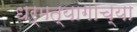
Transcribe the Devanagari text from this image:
धर्मत्यागाच्या